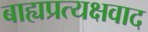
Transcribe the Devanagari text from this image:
बाह्यप्रत्यक्षवाद